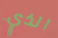
الذي